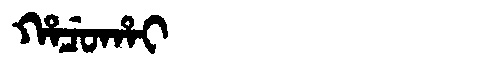
Manchu: ᡥᠠᠴᡠᡥᠠᡳ
Romanization: HACUHAI